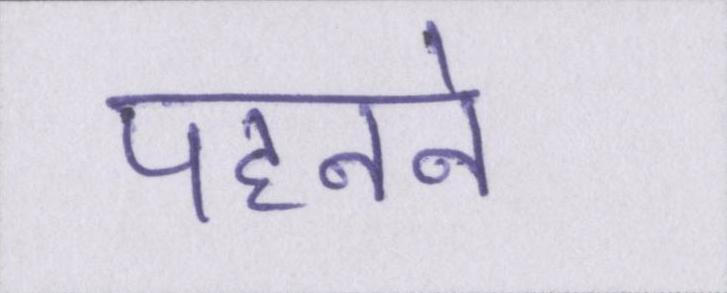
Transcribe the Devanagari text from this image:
पहनने